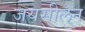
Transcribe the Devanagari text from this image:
जयसीलन